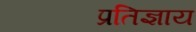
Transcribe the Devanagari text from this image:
प्रतिज्ञाय